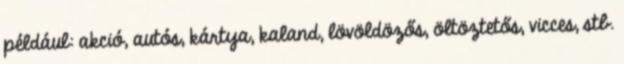
például: akció, autós, kártya, kaland, lövöldözős, öltöztetős, vicces, stb.